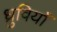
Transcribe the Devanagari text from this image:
ध्रुवियाँ